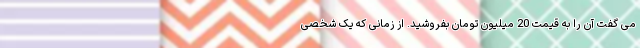
می گفت آن را به قیمت 20 میلیون تومان بفروشید. از زمانی که یک شخصی